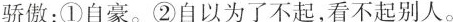
骄傲：①自豪。②自以为了不起，看不起别人。